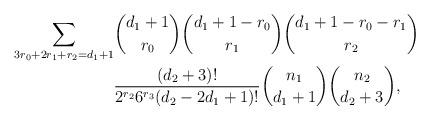
LaTeX: \begin{align*}\sum_{3r_0+2r_1+r_2=d_1+1} & {d_1+1 \choose r_0} {d_1+1-r_0 \choose r_1}{d_1+1-r_0-r_1 \choose r_2} \\& \frac{(d_2+3)!}{2^{r_2}6^{r_3}(d_2-2d_1+1)!}{n_1 \choose d_1+1}{n_2 \choose d_2+3}, \end{align*}